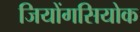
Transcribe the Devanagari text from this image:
जियोंगसियोक